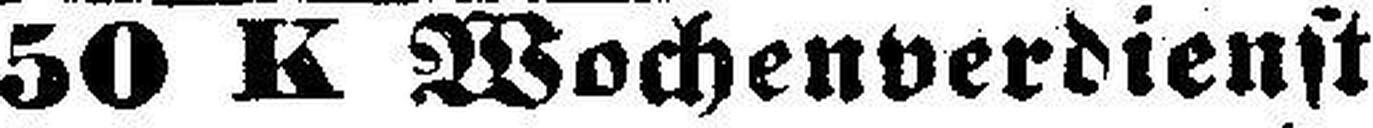
50 K Wochenverdienst